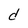
Character: d